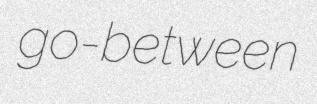
go-between